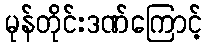
မုန်တိုင်းဒဏ်ကြောင့်